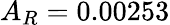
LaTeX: A_{R}=0.00253